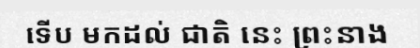
ទើប មកដល់ ជាតិ នេះ ព្រះនាង